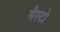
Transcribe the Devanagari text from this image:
मैस्टो